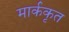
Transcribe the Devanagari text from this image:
मार्ककृत